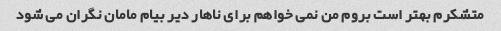
متشکرم بهتر است بروم من نمی خواهم برای ناهار دیر بیام مامان نگران می شود